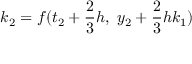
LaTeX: k _ { 2 } = f ( t _ { 2 } + { \frac { 2 } { 3 } } h , \ y _ { 2 } + { \frac { 2 } { 3 } } h k _ { 1 } )